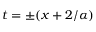
t = \pm ( x + 2 / \alpha )